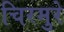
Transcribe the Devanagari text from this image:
चिरमुरे